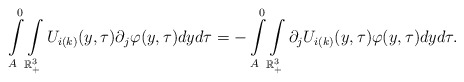
\begin{align*}\int\limits^0_{A}\int\limits_{\mathbb{R}^{3}_{+}}U_{i(k)}(y,\tau)\partial_{j}\varphi(y,\tau) dyd\tau= -\int\limits^0_{A}\int\limits_{\mathbb{R}^{3}_{+}}\partial_{j}U_{i(k)}(y,\tau)\varphi(y,\tau) dyd\tau.\end{align*}